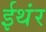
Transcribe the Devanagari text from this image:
ईथंर